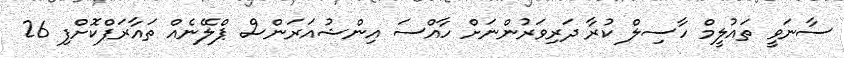
ސާނަވީ ތައުލީމް ހާސިލް ކުރާ ދަރިވަރުންނަށް ހާއްސަ އިންޝުއަރަންސް ޕްލޭނެއް ތައާރަފްކޮށްފި 26